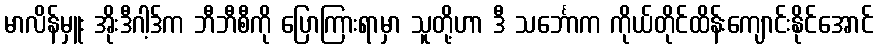
မာလိန်မှူး အိုးဒီဂါ့ဒ်က ဘီဘီစီကို ပြောကြားရာမှာ သူတို့ဟာ ဒီ သင်္ဘောက ကိုယ်တိုင်ထိန်းကျောင်းနိုင်အောင်